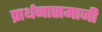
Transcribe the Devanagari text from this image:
प्रार्थनासमाजी